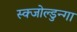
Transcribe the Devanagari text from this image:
स्क्जोल्डुन्गा